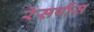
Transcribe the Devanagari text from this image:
रेसपौंस